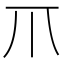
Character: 𤓯